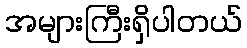
အများကြီးရှိပါတယ်